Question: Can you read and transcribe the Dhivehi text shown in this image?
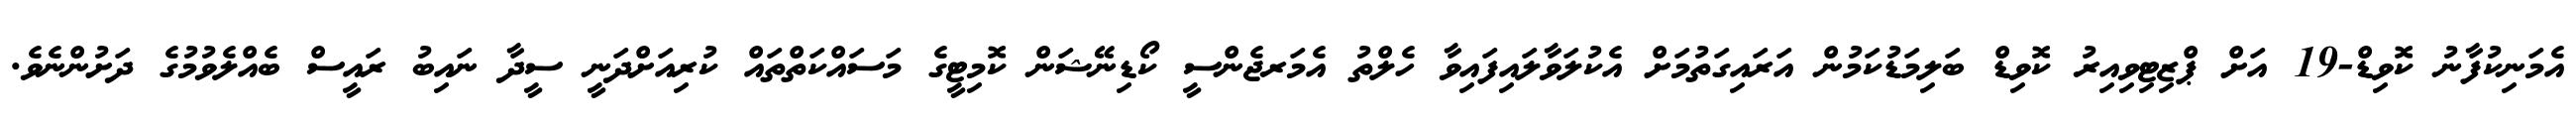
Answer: އެމަނިކުފާނު ކޮވިޑް-19 އަށް ޕްޒިޓިވިއިރު ކޮވިޑް ބަލިމަޑުކަމުން އަރައިގަތުމަށް އެކުލަވާލައިފައިވާ ހެލްތު އެމަރޖެންސީ ކޯޑިނޭޝަން ކޮމިޓީގެ މަސައްކަތްތައް ކުރިއަށްދަނީ ސީދާ ނައިބު ރައީސް ބެއްލެވުމުގެ ދަށުންނެވެ.